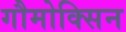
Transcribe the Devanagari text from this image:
गौमोक्सिन